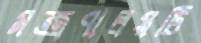
মন্ত্রণালয়টি